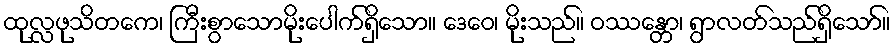
ထုလ္လဖုသိတကေ၊ ကြီးစွာသောမိုးပေါက်ရှိသော။ ဒေဝေ၊ မိုးသည်။ ဝဿန္တော၊ ရွာလတ်သည်ရှိသော်။